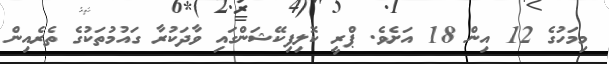
މިމަހުގެ 12 އިން 18 އަށެވެ. ޕްރީ ކޮލިފިކޭޝަންގައި ވާދަކުރާ ގައުމުތަކުގެ ތެރެއިން